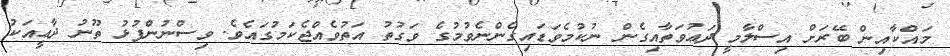
މައްކާއިން ބޭރަށް އިސްލާމީ ދަޢުވަތާއިގެން ނުކުމެވަޑައިގެންނެވުމުގެ ވަގުތު އަތުވެއްޖެކަމުގައެވެ. ވިސްނުންފުޅު ތޫނު ދާޢީއަކު